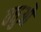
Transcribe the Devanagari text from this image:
वधुऔ